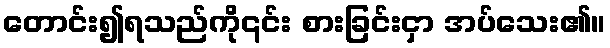
တောင်း၍ရသည်ကို၎င်း စားခြင်းငှာ အပ်သေး၏။